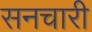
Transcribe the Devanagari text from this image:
सनचारी